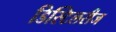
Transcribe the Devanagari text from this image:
डिस्टिलरीज